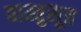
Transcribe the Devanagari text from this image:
वास्तुसूत्र